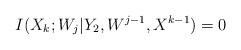
LaTeX: \begin{align*}I(X_{k};W_{j}|Y_2,W^{j-1},X^{k-1}) = 0\end{align*}